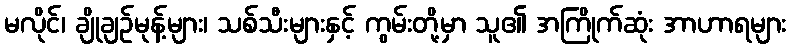
မလိုင်၊ ချိုချဉ်မုန့်များ၊ သစ်သီးများနှင့် ကွမ်းတို့မှာ သူ၏ အကြိုက်ဆုံး အာဟာရများ